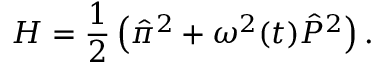
H = \frac { 1 } { 2 } \left( \hat { \pi } ^ { 2 } + { \omega ^ { 2 } ( t ) } \hat { P } ^ { 2 } \right) .